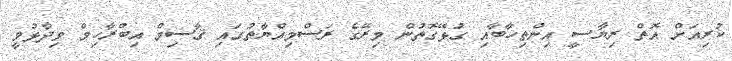
ކުރިއަށް އޮތް ރިޔާސީ އިންތިހާބާއި ގުޅޭގޮތުން މިރޭގެ ރަސްމިއްޔާތުގައި ޤާސިމް އިބްރާހިމް ވިދާޅުވީ